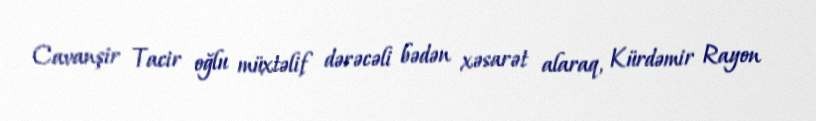
Cavanşir Tacir oğlu müxtəlif dərəcəli bədən xəsarət alaraq, Kürdəmir Rayon